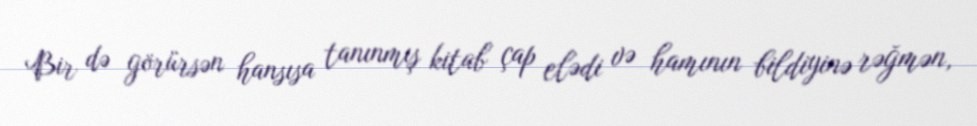
Bir də görürsən hansısa tanınmış kitab çap elədi və hamının bildiyinə rəğmən,